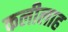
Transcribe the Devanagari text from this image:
कलीलाह